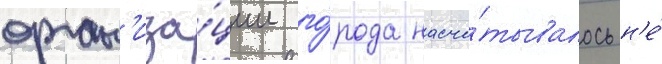
орган'иза́ции го́рода насчи́тывалось н'е́